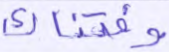
وفتناك